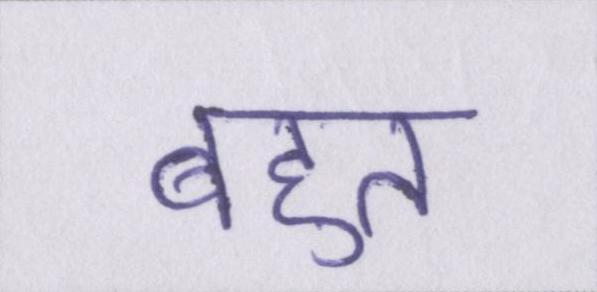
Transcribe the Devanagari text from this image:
बहुत